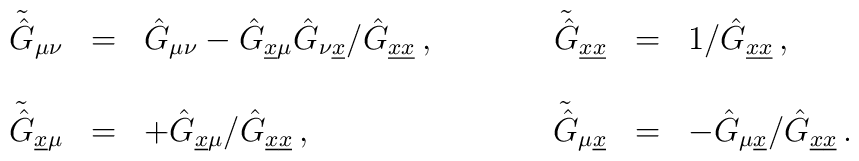
\begin{array}{rclrcl}\tilde{\hat{G}}_{\mu\nu} & = &\hat{G}_{\mu\nu}-\hat{G}_{\underline{x}\mu}\hat{G}_{\nu \underline{x}}/\hat{G}_{\underline{x}\underline{x}}\, ,\hspace{1.2cm}&\tilde{\hat{G}}_{\underline{x}\underline{x}} & = &1/\hat{G}_{\underline{x}\underline{x}}\, ,\\& &\\\tilde{\hat{G}}_{\underline{x}\mu} & = &+\hat{G}_{\underline{x}\mu}/\hat{G}_{\underline{x}\underline{x}}\, , &\tilde{\hat{G}}_{\mu \underline{x}} & = &-\hat{G}_{\mu \underline{x}}/\hat{G}_{\underline{x}\underline{x}}\, .\end{array}